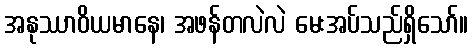
အနုဿာဝိယမာနေ၊ အဖန်တလဲလဲ မေးအပ်သည်ရှိသော်။